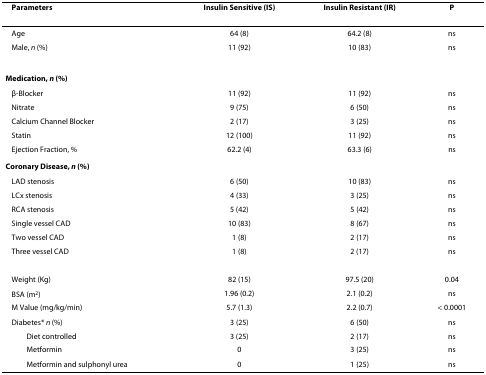
| Parameters | Insulin Sensitive (IS) | Insulin Resistant (IR) | P |
 | --- | --- | --- | --- |
 | Age | 64 (8) | 64.2 (8) | ns |
 | Male, n (%) | 11 (92) | 10 (83) | ns |
 | Medication, n (%) |  |  |  |
 | β-Blocker | 11 (92) | 11 (92) | ns |
 | Nitrate | 9 (75) | 6 (50) | ns |
 | Calcium Channel Blocker | 2 (17) | 3 (25) | ns |
 | Statin | 12 (100) | 11 (92) | ns |
 | Ejection Fraction, % | 62.2 (4) | 63.3 (6) | ns |
 | Coronary Disease, n (%) |  |  |  |
 | LAD stenosis | 6 (50) | 10 (83) | ns |
 | LCx stenosis | 4 (33) | 3 (25) | ns |
 | RCA stenosis | 5 (42) | 5 (42) | ns |
 | Single vessel CAD | 10 (83) | 8 (67) | ns |
 | Two vessel CAD | 1 (8) | 2 (17) | ns |
 | Three vessel CAD | 1 (8) | 2 (17) | ns |
 | Weight (Kg) | 82 (15) | 97.5 (20) | 0.04 |
 | BSA (m2) | 1.96 (0.2) | 2.1 (0.2) | ns |
 | M Value (mg/kg/min) | 5.7 (1.3) | 2.2 (0.7) | < 0.0001 |
 | Diabetes* n (%) | 3 (25) | 6 (50) | ns |
 | Diet controlled | 3 (25) | 2 (17) | ns |
 | Metformin | 0 | 3 (25) | ns |
 | Metformin and sulphonyl urea | 0 | 1 (25) | ns |